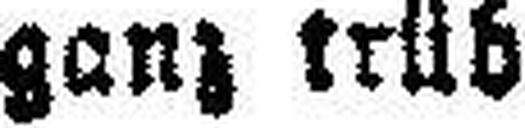
ganz trüb